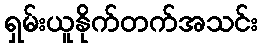
ရှမ်းယူနိုက်တက်အသင်း